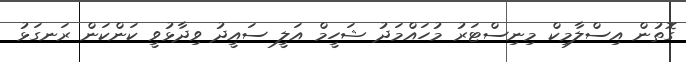
ގޮތުން އިސްލާމިކް މިނިސްޓަރު މުހައްމަދު ޝަހީމް އަލީ ސައީދު ވިދާޅުވީ ކަންކަން ރަނގަޅު